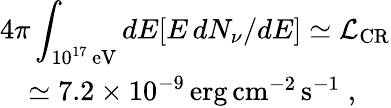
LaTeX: \begin{array}{l}{{\displaystyle 4\pi\int_{10^{17}\, \mathrm{eV}}dE[E\, dN_{\nu}/dE]\simeq{\cal L}_{\mathrm{CR}}}}\\ {{\quad\simeq 7.2\times 10^{-9}\, \mathrm{erg\, cm^{-2}\, s^{-1}\; ,}}}\end{array}